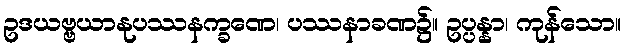
ဥဒယဗ္ဗယာနုပဿနက္ခဏေ၊ ပဿနာခဏ၌။ ဥပ္ပန္နာ၊ ကုန်သော။